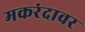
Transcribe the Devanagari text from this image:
मकरंदावर